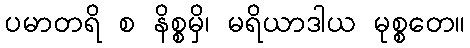
ပမာတရိ စ နိစ္စမှိ၊ မရိယာဒါယ မုစ္စတေ။